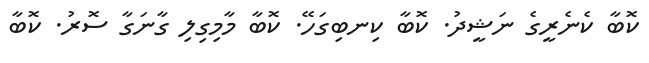
ކޮބާ ކެނެރީގެ ނަޝީދު. ކޮބާ ކިނބިގަހޭ. ކޮބާ މާމިގިލި ގާނަގާ ސޮރު. ކޮބާ